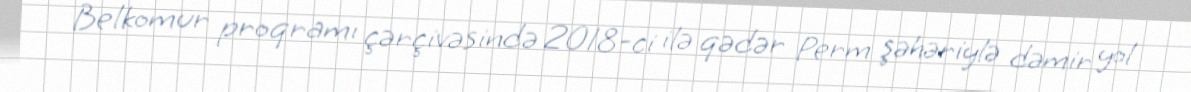
Belkomur proqramı çərçivəsində 2018-ci ilə qədər Perm şəhəriylə dəmir yol